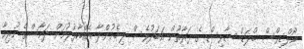
މޯލްޑިވްސް ބްލަޑް ސާވިސް ގެ ފަރާތުން އަބަދުވެސް ލިބެމުންދާ އެއްބާރުލުމަށް ދަމާސްގެ ހުރިހާ